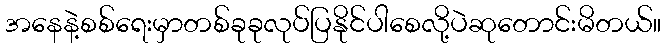
အနေနဲ့စစ်ရေးမှာတစ်ခုခုလုပ်ပြနိုင်ပါစေလို့ပဲဆုတောင်းမိတယ်။